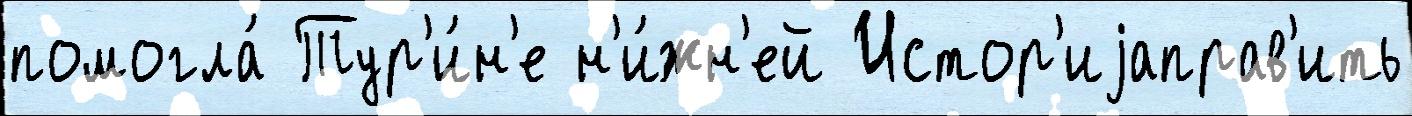
помогла́ Тур'и́н'е н'и́жн'ей Истор'иjаправ'ить